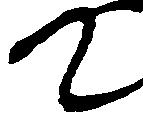
て